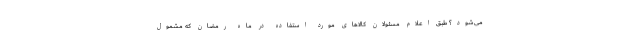
می‌شود؟ طبق اعلام مسئولان کالاهای مورد استفاده در ماه رمضان که مشمول